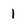
Character: 1